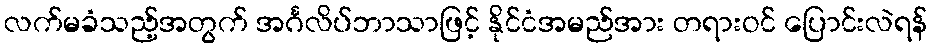
လက်မခံသည့်အတွက် အင်္ဂလိပ်ဘာသာဖြင့် နိုင်ငံအမည်အား တရားဝင် ပြောင်းလဲရန်